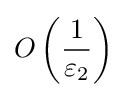
O\left({\dfrac {1}{\varepsilon _{2}}}\right)